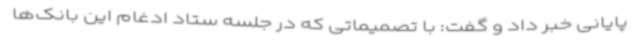
پایانی خبر داد و گفت: با تصمیماتی که در جلسه ستاد ادغام این بانک‌ها